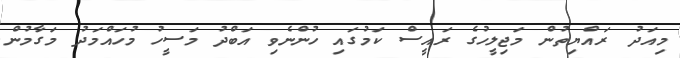
މިއަދު ރައްޔިތުން މަޖިލީހުގެ ރައީސް ކަމުގައި ހުންނެވި އަބްދު މަސީހު މުހައްމަދު މަގާމުން